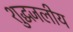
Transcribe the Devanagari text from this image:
शुद्धजलीय